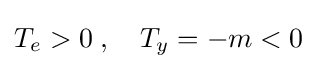
T_{e}>0\;,\quad T_{y}=-m<0\;